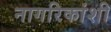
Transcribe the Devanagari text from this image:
नागरिकांशी